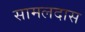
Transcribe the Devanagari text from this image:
सामलदास